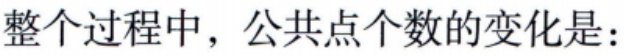
整个过程中，公共点个数的变化是：